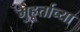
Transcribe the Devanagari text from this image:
मुहूर्ताच्या